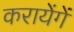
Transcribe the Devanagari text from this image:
करायेंगें